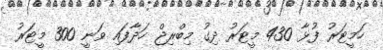
ހަމީޓަރު ފުޅާ 430 މީޓަރު ދިގު މިބްރިޖް ހަދާފައި ވަނީ 300 މީޓަރު